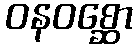
ဝနဝစ္ဆော